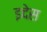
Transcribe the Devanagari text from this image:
इदेस